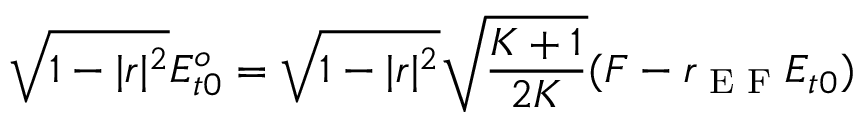
\sqrt { 1 - | r | ^ { 2 } } E _ { t 0 } ^ { o } = \sqrt { 1 - | r | ^ { 2 } } \sqrt { \frac { K + 1 } { 2 K } } ( F - r _ { \textrm { E F } } E _ { t 0 } )